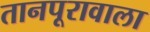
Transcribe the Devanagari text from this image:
तानपूरावाला